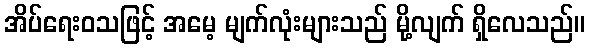
အိပ်ရေးဝသဖြင့် အမေ့ မျက်လုံးများသည် မို့လျက် ရှိလေသည်။